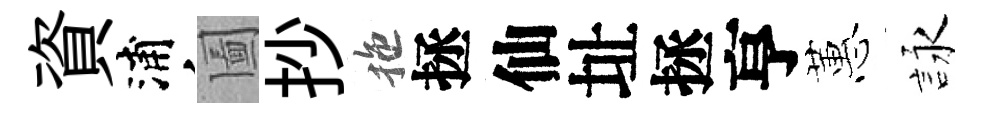
資浦圗抄拖拯仙址拯亨蕙詠